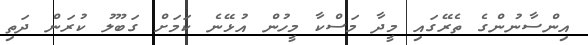
އިންސާނުންގެ ތެރޭގައި މީދާ މަސްކާ މީހުން އުޅޭނެ ކަމަށް ގަބޫލު ކުރަން ދަތި